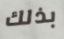
بذلك